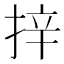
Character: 𭡄